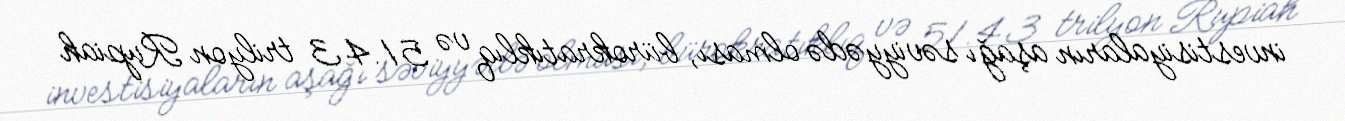
investisiyaların aşağı səviyyədə olması, bürokratıklıq və 51.43 trilyon Rupiah